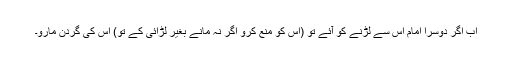
اب اگر دوسرا امام اس سے لڑنے کو آئے تو (اس کو منع کرو اگر نہ مانے بغیر لڑائی کے تو) اس کی گردن مارو۔